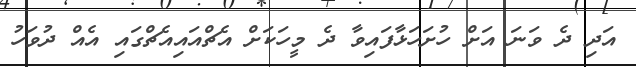
އަދި ދެ ވަނަ އަށް ހުށަހަޅާފައިވާ ދެ މީހަކަށް އެޗްއައިއެޗްގައި އެއް ދުވަހު